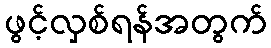
ဖွင့်လှစ်ရန်အတွက်